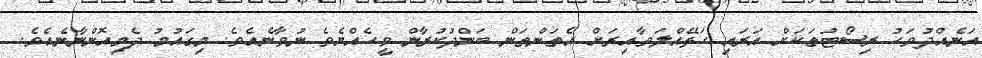
އަނެއްދުވަހު ރިސޯޓުތަކަށް އަރައި ހަޅޭއްލަވާއިރަށް އެތަންތަން ބަންދުކުރާން ވީހެއްޔެވެ ނުވާނެއެވެ. މިގައުމު ދެމިއޮންނާނެއެވެ.